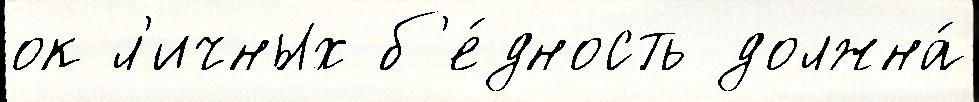
ок л'ичных б'е́дность должна́